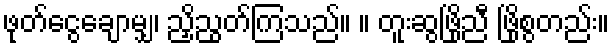
ဖုတ်ငွေချောမျှ၊ ညှိညွတ်ကြသည်။ ။ တူးဆွဖြိုညီ ဖြိုစွတည်း။